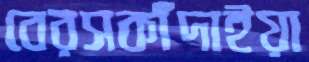
বেরসকাঁদাইয়া